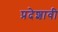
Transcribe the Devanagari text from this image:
प्रदेशावी